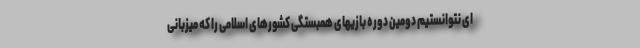
ای نتوانستیم دومین دوره بازیهای همبستگی کشورهای اسلامی را که میزبانی